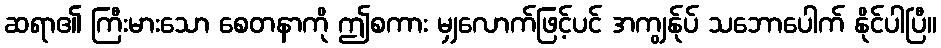
ဆရာ၏ ကြီးမားသော စေတနာကို ဤစကား မျှလောက်ဖြင့်ပင် အကျွန်ုပ် သဘောပေါက် နိုင်ပါပြီ။